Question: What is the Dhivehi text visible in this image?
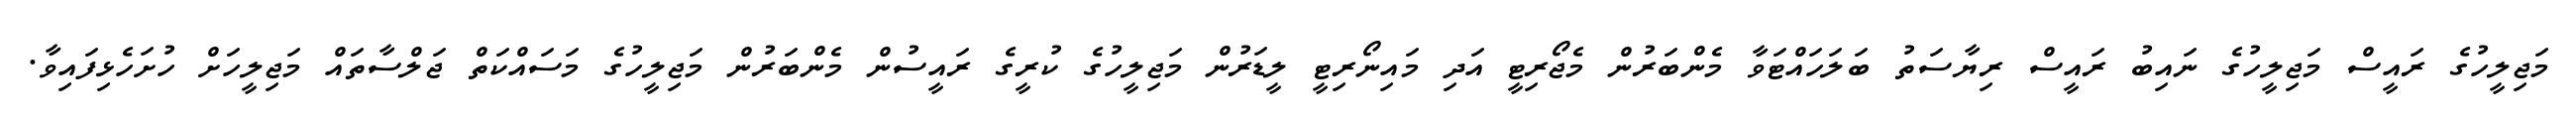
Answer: މަޖިލީހުގެ ރައީސް މަޖިލީހުގެ ނައިބު ރައީސް ރިޔާސަތު ބަލަހައްޓަވާ މެންބަރުން މެޖޯރިޓީ އަދި މައިނޯރިޓީ ލީޑަރުން މަޖިލީހުގެ ކުރީގެ ރައީސުން މެންބަރުން މަޖިލީހުގެ މަސައްކަތް ޖަލްސާތައް މަޖިލީހަށް ހުށަހެޅިފައިވާ.